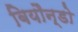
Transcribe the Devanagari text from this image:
बियौन्डो